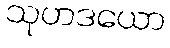
သုဟဒယော